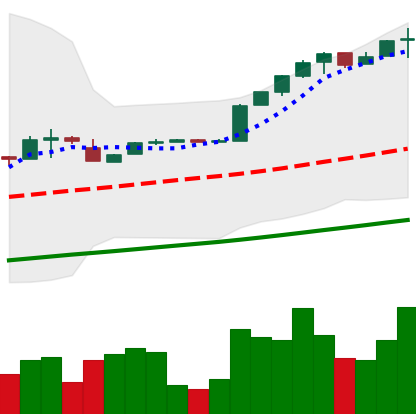
Ticker: BTC-USD
Chart end date: 2017-02-08
Forward return: -6.813%
Label: down_5_7